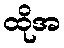
ထိုအ